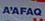
a'afaq